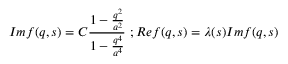
I m f ( q , s ) = C \frac { 1 - \frac { q ^ { 2 } } { a ^ { 2 } } } { 1 - \frac { q ^ { 4 } } { a ^ { 4 } } } \ ; R e f ( q , s ) = \lambda ( s ) I m f ( q , s )